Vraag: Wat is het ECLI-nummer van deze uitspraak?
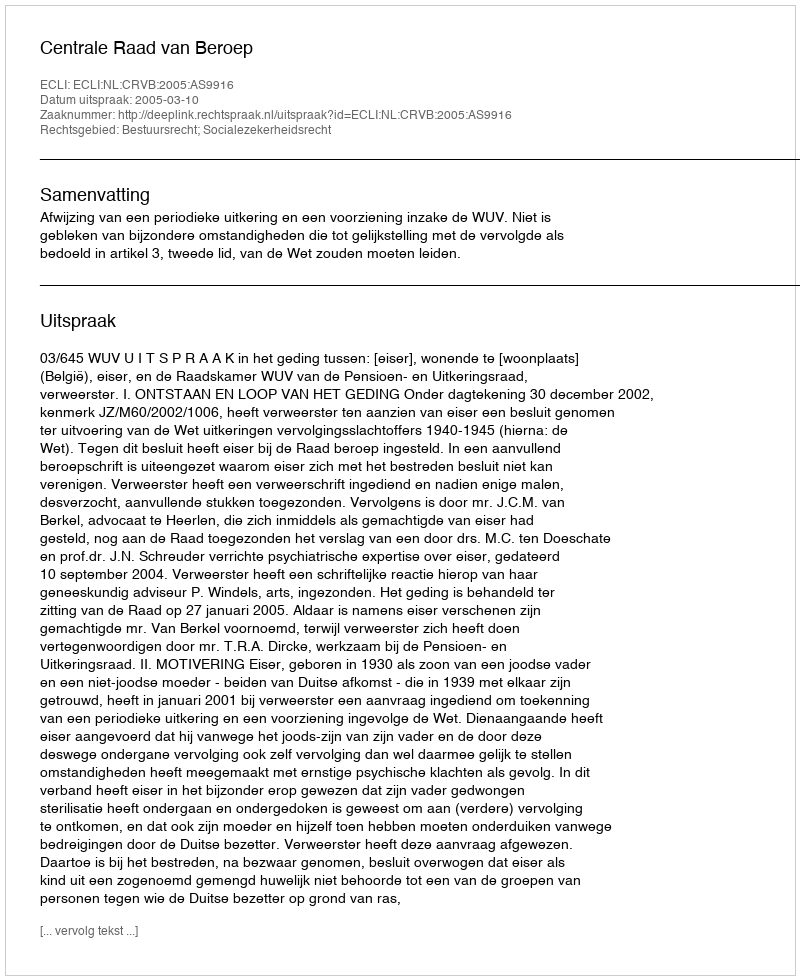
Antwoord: ECLI:NL:CRVB:2005:AS9916